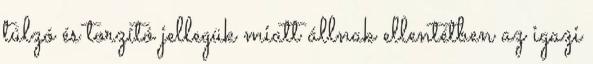
túlzó és torzító jellegük miatt állnak ellentétben az igazi